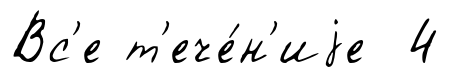
Вс'е т'ече́н'иjе 4